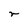
Character: r